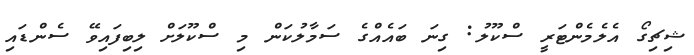
ޝިޗިގޯ އެލެމެންޓަރީ ސްކޫލު: ގިނަ ބައެއްގެ ސަމާލުކަން މި ސްކޫލަށް ލިބިފައިވޭ ސެންޑައި